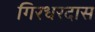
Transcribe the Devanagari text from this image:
गिरधरदास